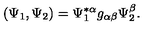
( \Psi _ { 1 } , \Psi _ { 2 } ) = \Psi _ { 1 } ^ { * \alpha } g _ { \alpha \beta } \Psi _ { 2 } ^ { \beta } .